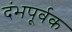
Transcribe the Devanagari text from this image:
दंभपूर्वक